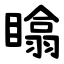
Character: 䁯